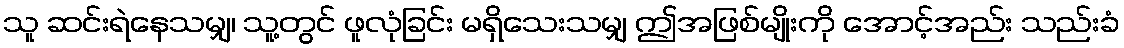
သူ ဆင်းရဲနေသမျှ၊ သူ့တွင် ဖူလုံခြင်း မရှိသေးသမျှ ဤအဖြစ်မျိုးကို အောင့်အည်း သည်းခံ